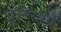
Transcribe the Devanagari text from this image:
दुनियामें